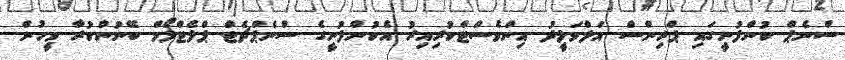
ސްނެޕް ކުންފުނީގައި ޕްރިންސް އަލްވަލީދު އިންވެސްޓްކުރިއިރު އެކުންފުނީގެ ސްނެޕްޗެޓް ޕްލެޓްފޯމް ބޭނުންކުރާ މީހުން